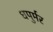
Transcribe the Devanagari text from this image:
धपुर्मर